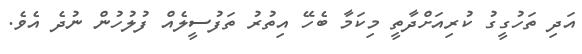
އަދި ތަހުގީގު ކުރިއަށްދާތީ މިކަމާ ބެހޭ އިތުރު ތަފުސީލެއް ފުލުހުން ނުދެ އެވެ.